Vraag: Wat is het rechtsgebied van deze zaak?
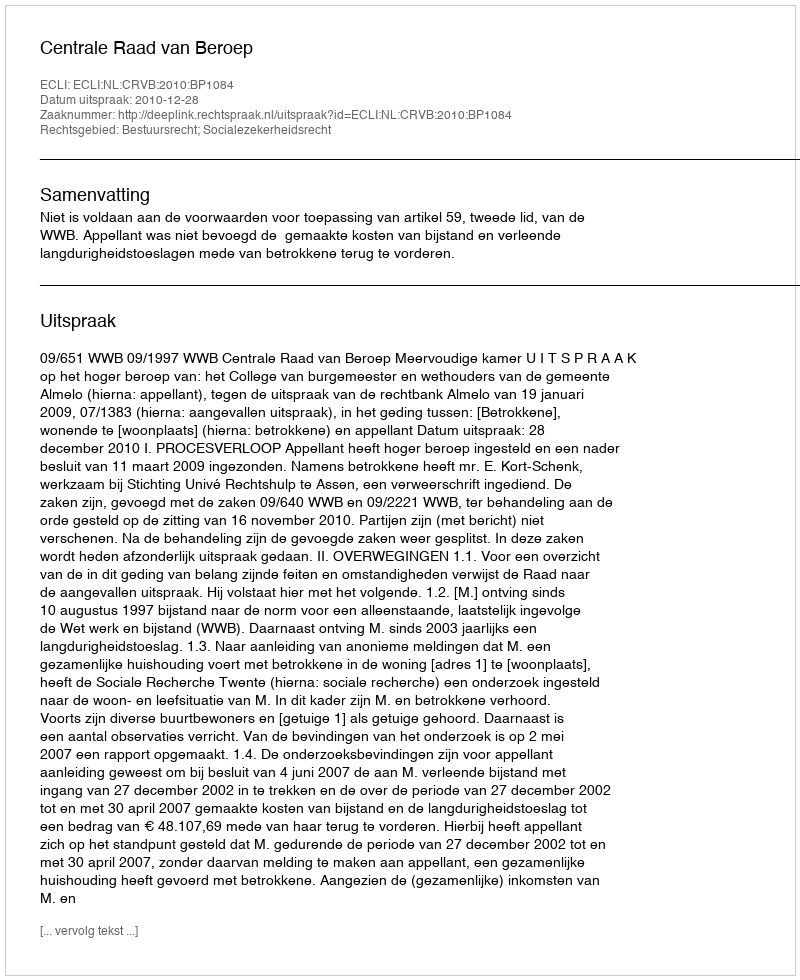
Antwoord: Bestuursrecht; Socialezekerheidsrecht